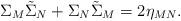
LaTeX: \begin{align*}\Sigma_M\tilde\Sigma_N+\Sigma_N\tilde\Sigma_M=2\eta_{MN}.\end{align*}